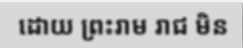
ដោយ ព្រះរាម រាជ មិន